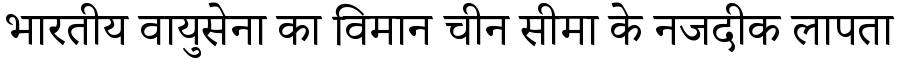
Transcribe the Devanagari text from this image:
भारतीय वायुसेना का विमान चीन सीमा के नजदीक लापता